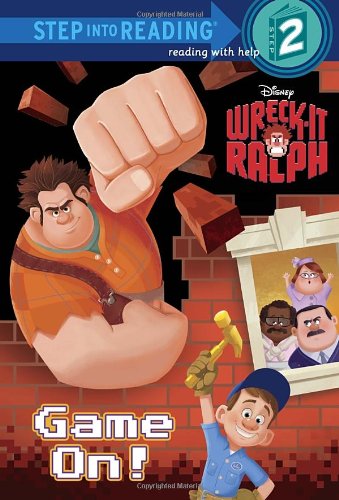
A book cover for Game On! (Disney Wreck-It Ralph) (Step into Reading); Susan Amerikaner; Children's Books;